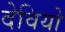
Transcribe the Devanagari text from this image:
देवियो